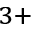
^ { 3 + }